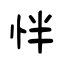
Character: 怑